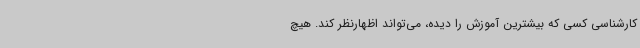
کارشناسی کسی که بیشترین آموزش را دیده، می‌تواند اظهارنظر کند. هیچ